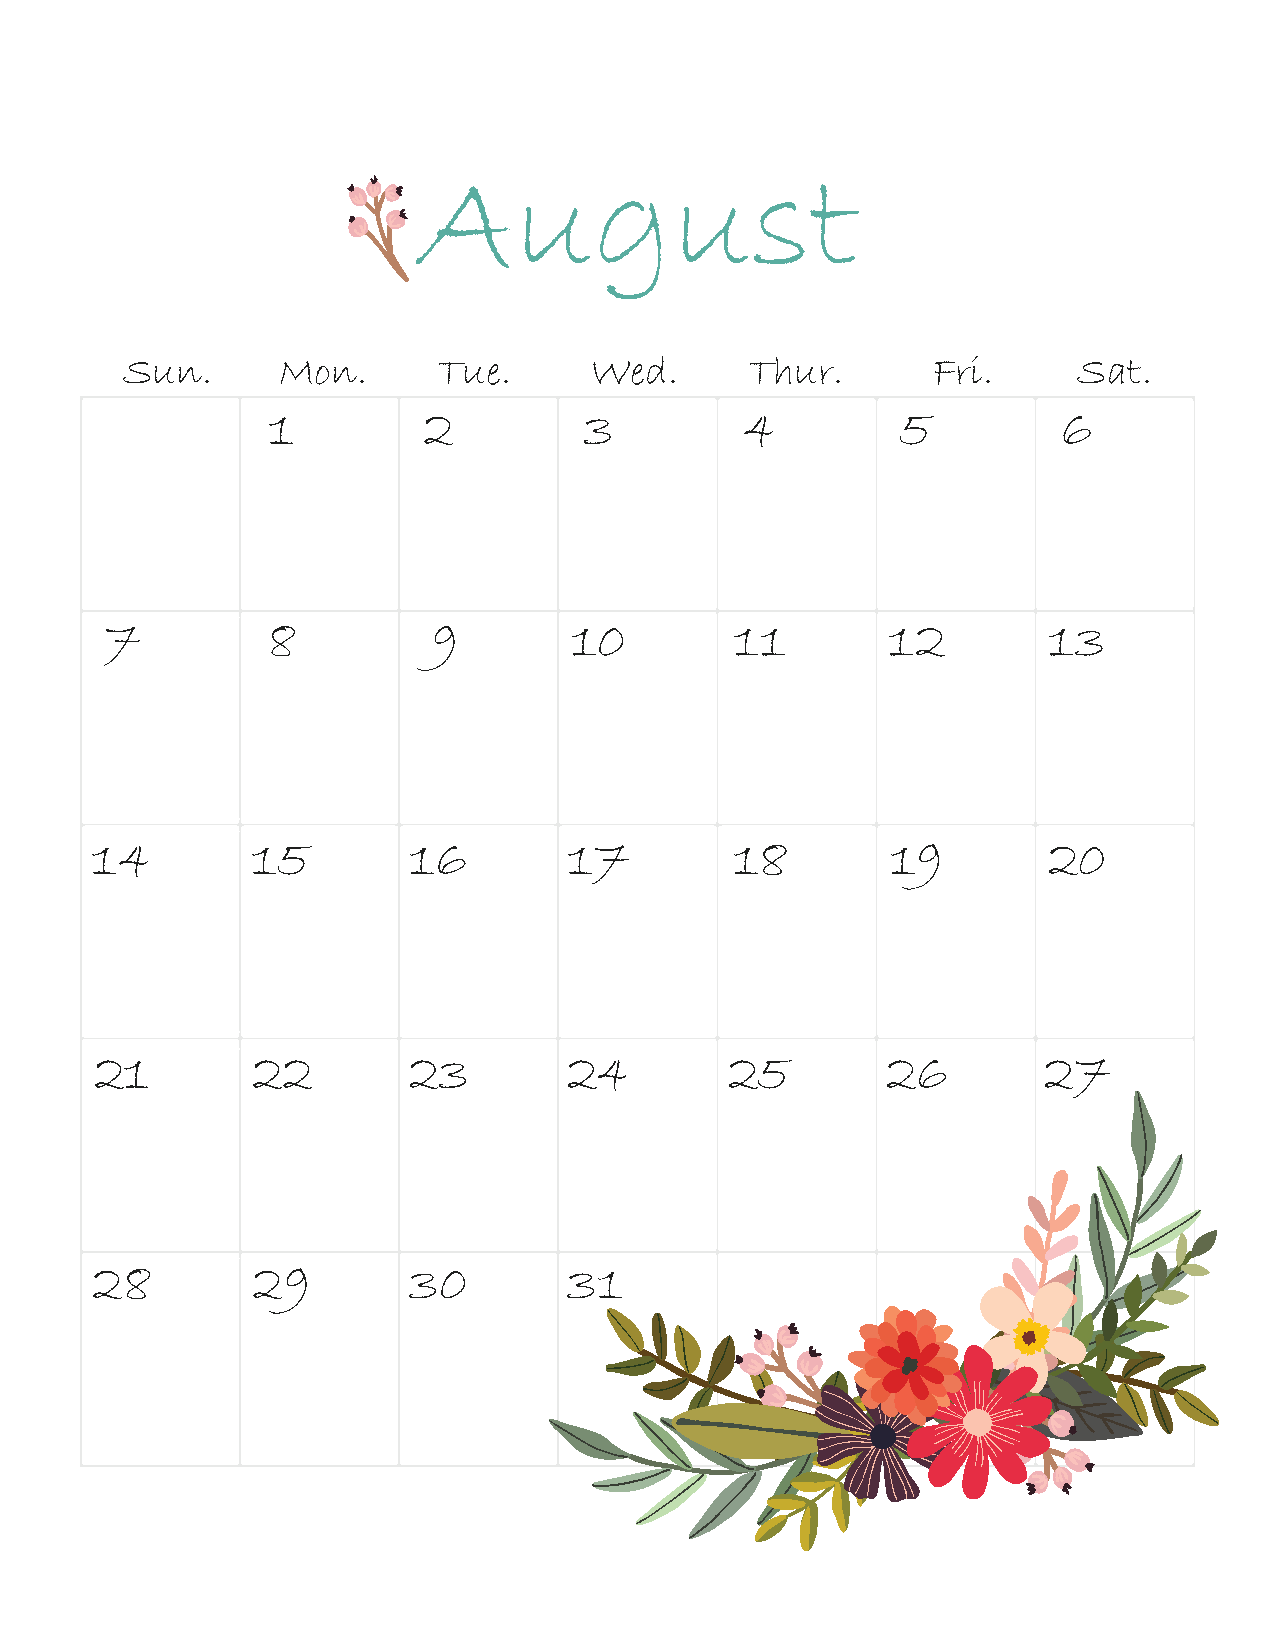
August
 Sun.      Mon.       Tue.      Wed.       Thur.       Fri.     Sat.
 1         2          3         4          5         6
 7          8          9        10         11        12        13
 14         15        16         17         18        19        20
 21         22        23         24        25         26        27
 28         29        30         31